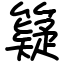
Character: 籎